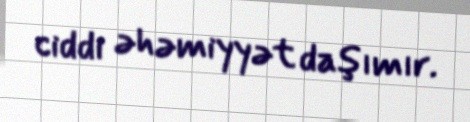
ciddi əhəmiyyət daşımır.